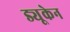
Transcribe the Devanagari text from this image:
ड्यूकेन